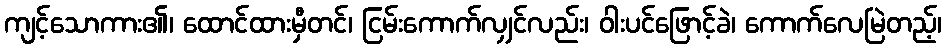
ကျင့်သောကား၏၊ ထောင်ထားမှီတင်၊ ငြမ်းကောက်လျှင်လည်း၊ ဝါးပင်ဖြောင့်ခဲ၊ ကောက်လေမြဲတည့်၊